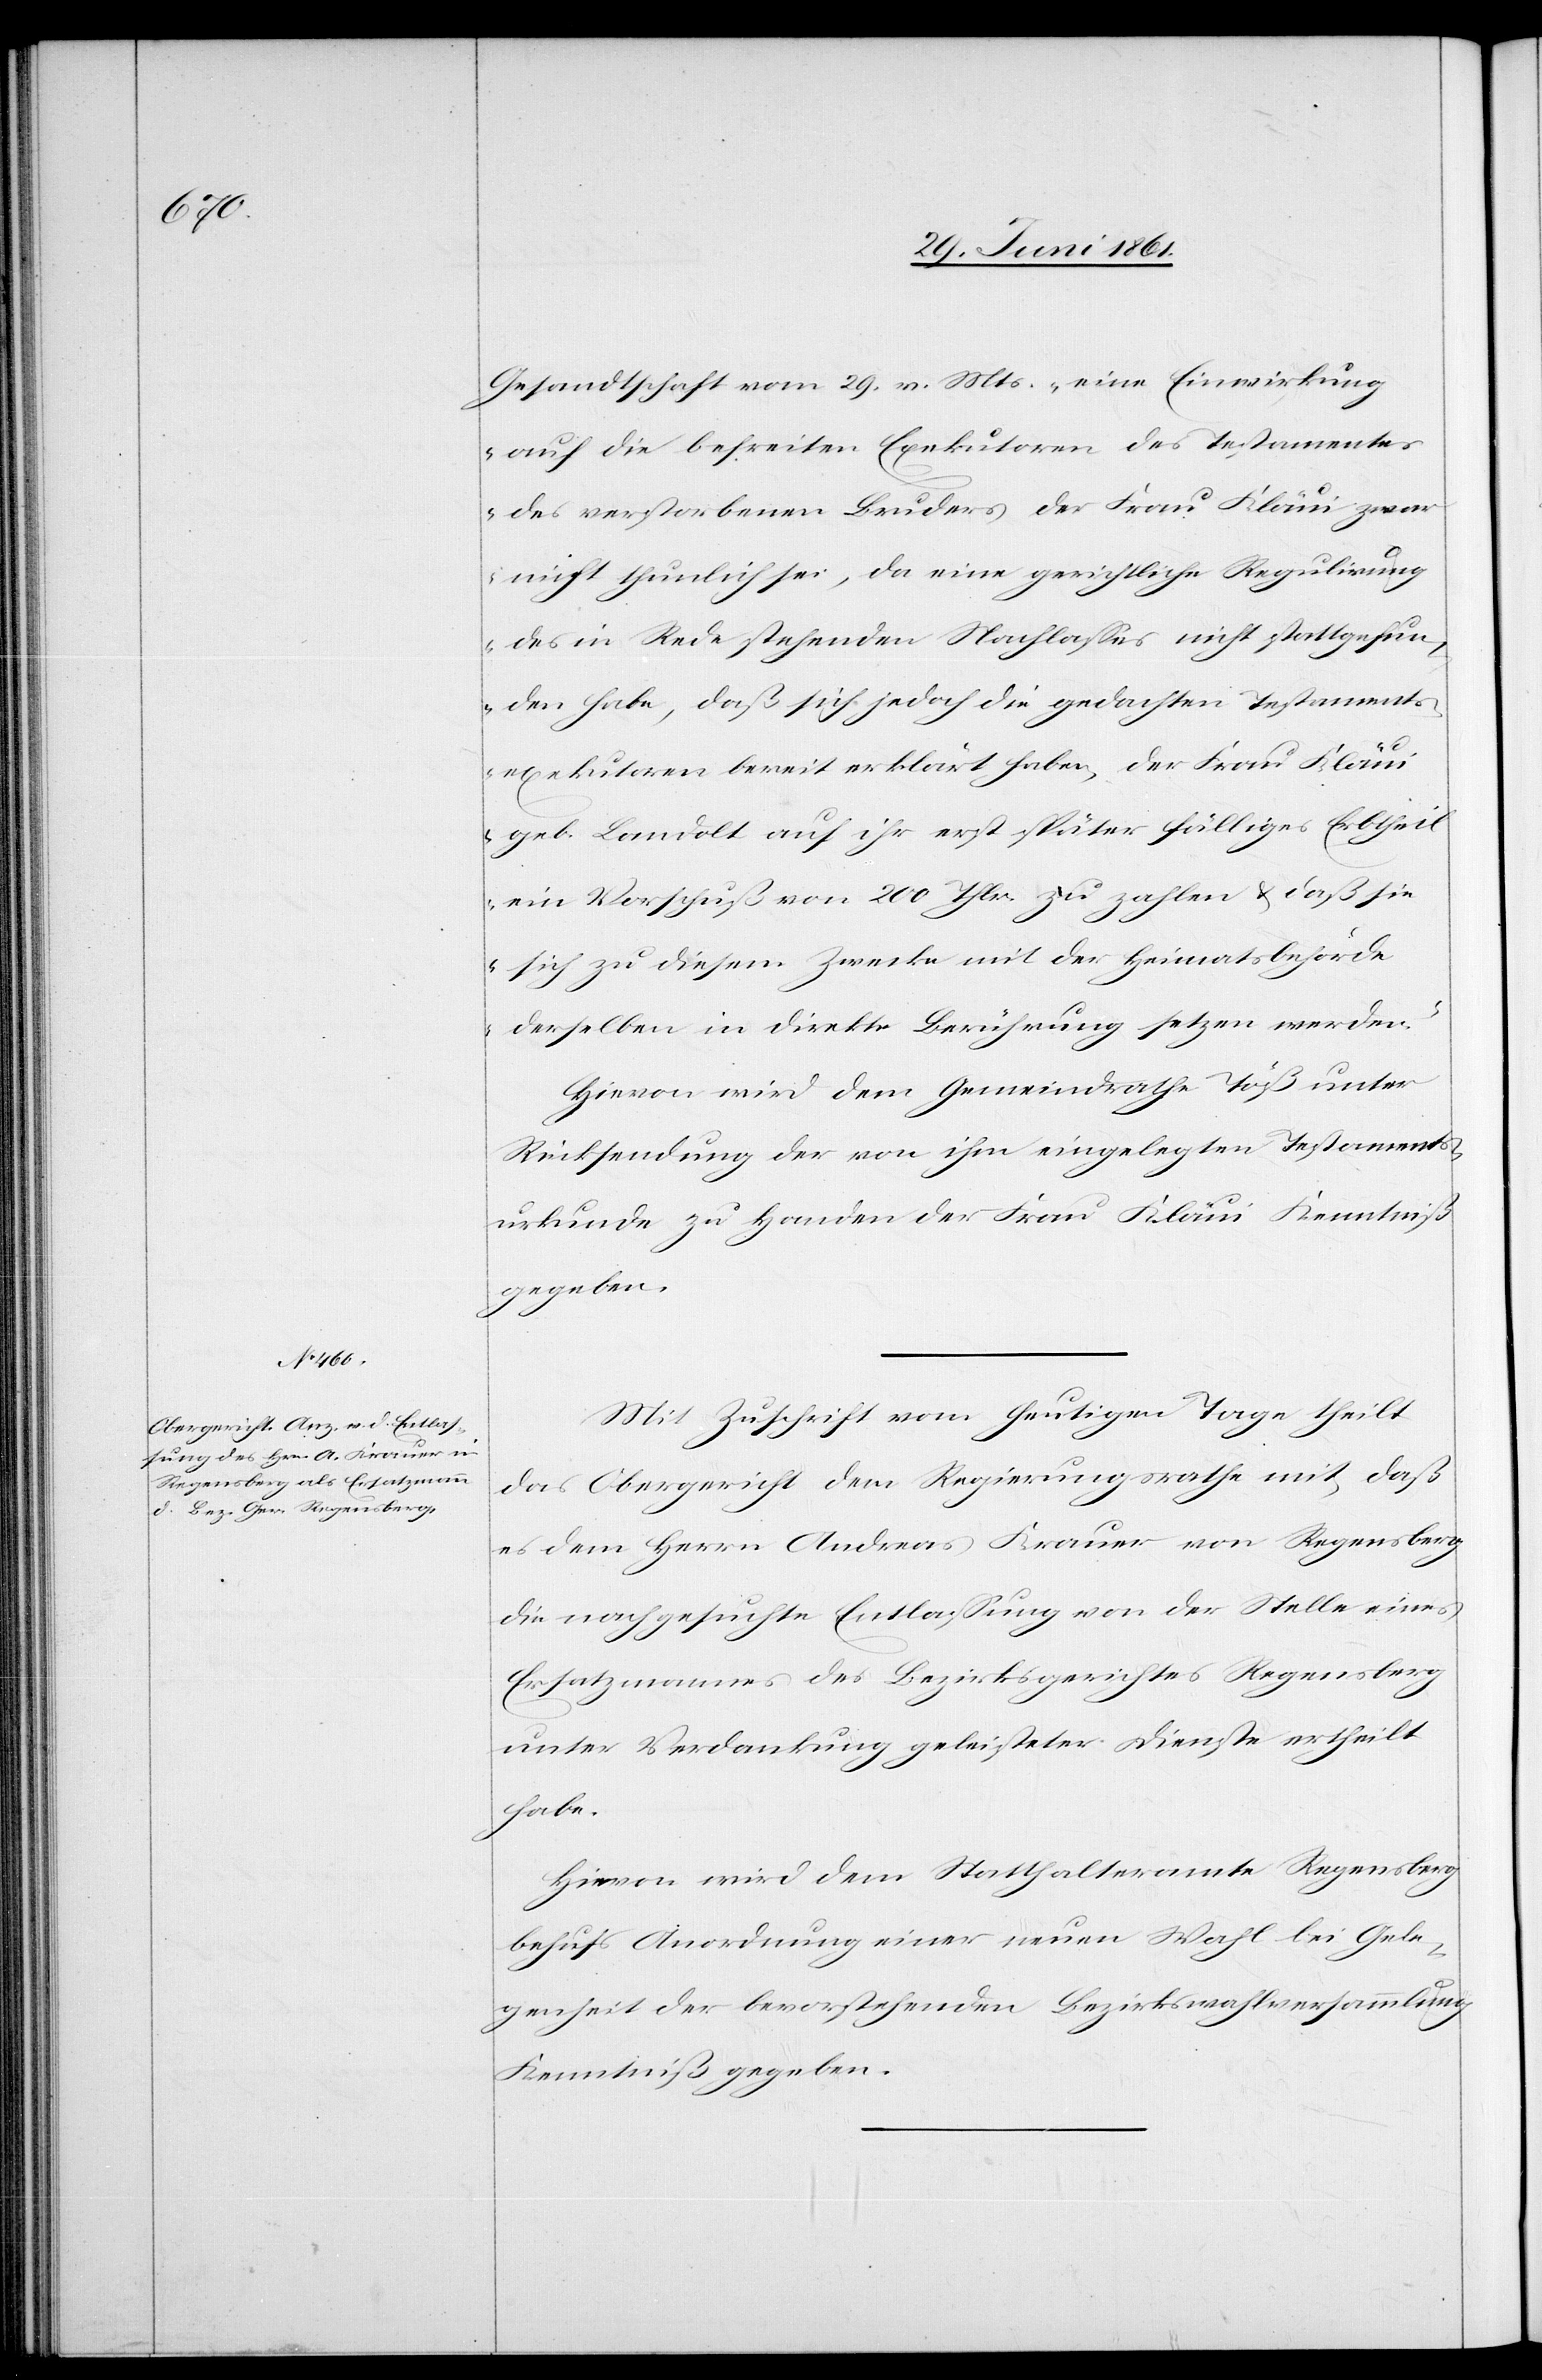
Juli

Gesandtschaft vom 29. v. Mts. „eine Einwirkung
auf die befreiten Exekutoren des Testamentes
des verstorbenen Bruders der Frau Kläui zwar
nicht thunlich sei, da eine gerichtliche Regulirung
des in Rede stehenden Nachlasses nicht stattgefun¬
den habe, daß sich jedoch die gedachten Testaments¬
exekutoren bereit erklärt haben, der Frau Kläui
geb. Landolt auf ihr erst später fälliges Erbtheil
ein Vorschuß von 200 Thlr. zu zahlen u. daß sie
sich zu diesem Zwecke mit der Heimatsbehörde
2.
derselben in direkte Berührung setzen werden.“
Hievon wird dem Gemeindrathe Töß unter
Rücksendung der von ihm eingelegten Testaments¬
urkunde zu Handen der Frau Kläui Kenntniß
gegeben.
Mit Zuschrift vom heutigen Tage theilt
das Obergericht dem Regierungsrathe mit, daß
es dem Herrn Andreas Krauer von Regensberg
die nachgesuchte Entlassung von der Stelle eines
Ersatzmannes des Bezirksgerichtes Regensberg
unter Verdankung geleisteter Dienste ertheilt
habe.
Hievon wird dem Statthalteramte Regensberg
behufs Anordnung einer neuen Wahl bei Gele¬
genheit der bevorstehenden Bezirkswahlversammlung
Kenntniß gegeben.